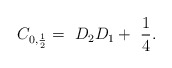
\begin{align*}C_{0, \frac{1}{2} } = \ D_2 D_1 + \ \frac{1}{4} .\end{align*}